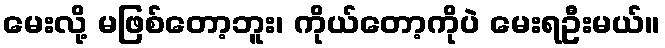
မေးလို့ မဖြစ်တော့ဘူး၊ ကိုယ်တော့ကိုပဲ မေးရဦးမယ်။